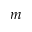
m